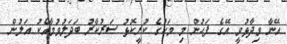
އޭނާ ވިދާޅުވީ އޭގެ ފަހުން މި މަހުގެ ކުރީކޮޅު ސަރުކާރު ބަދަލުވުމާއެކު އަލުން